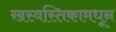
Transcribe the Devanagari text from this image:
खस्वस्तिकामधून